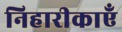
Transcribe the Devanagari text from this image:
निहारीकाएँ